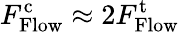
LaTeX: F_{\mathrm{Flow}}^{\mathrm{c}}\approx 2F_{\mathrm{Flow}}^{\mathrm{t}}